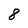
Character: 8